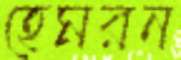
হেমরন